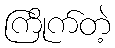
ကြိုက်တဲ့